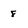
Character: 8